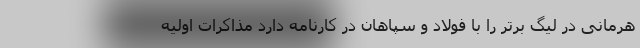
هرمانی در لیگ برتر را با فولاد و سپاهان در کارنامه دارد مذاکرات اولیه